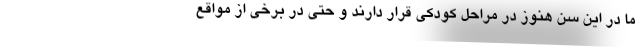
ما در این سن هنوز در مراحل کودکی قرار دارند و حتی در برخی از مواقع